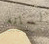
لسانه